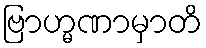
ဗြာဟ္မဏာမှာတိ